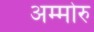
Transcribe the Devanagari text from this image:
अम्मोरु